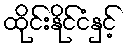
ထိုင်းနိုင်ငံနှင့်